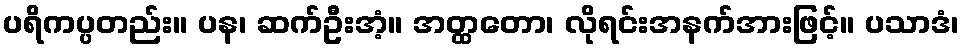
ပရိကပ္ပတည်း။ ပန၊ ဆက်ဦးအံ့။ အတ္ထတော၊ လိုရင်းအနက်အားဖြင့်။ ပသာဒံ၊